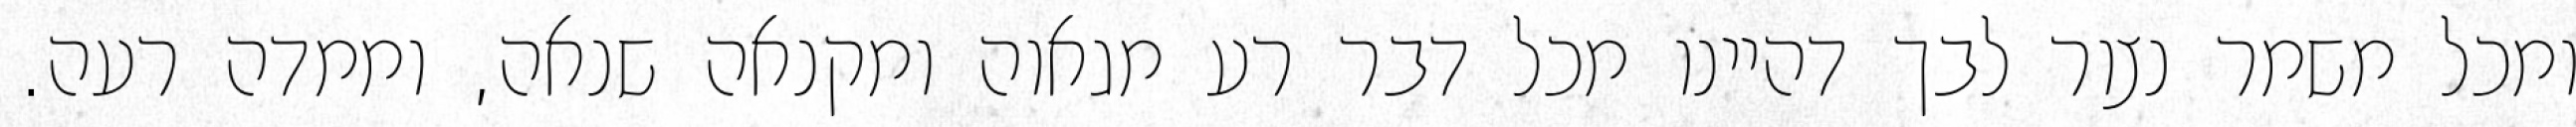
ומכל משמר נצור לבך דהיינו מכל דבר רע מגאוה ומקנאה שנאה, וממדה רעה.